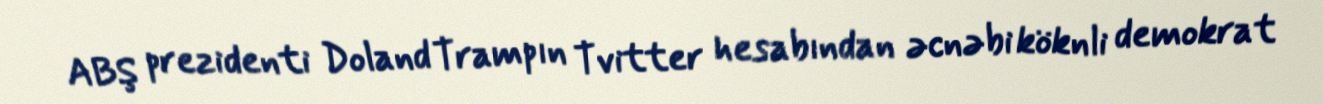
ABŞ prezidenti Doland Trampın Tvitter hesabından əcnəbi köknli demokrat